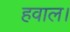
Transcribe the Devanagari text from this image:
हवाल।